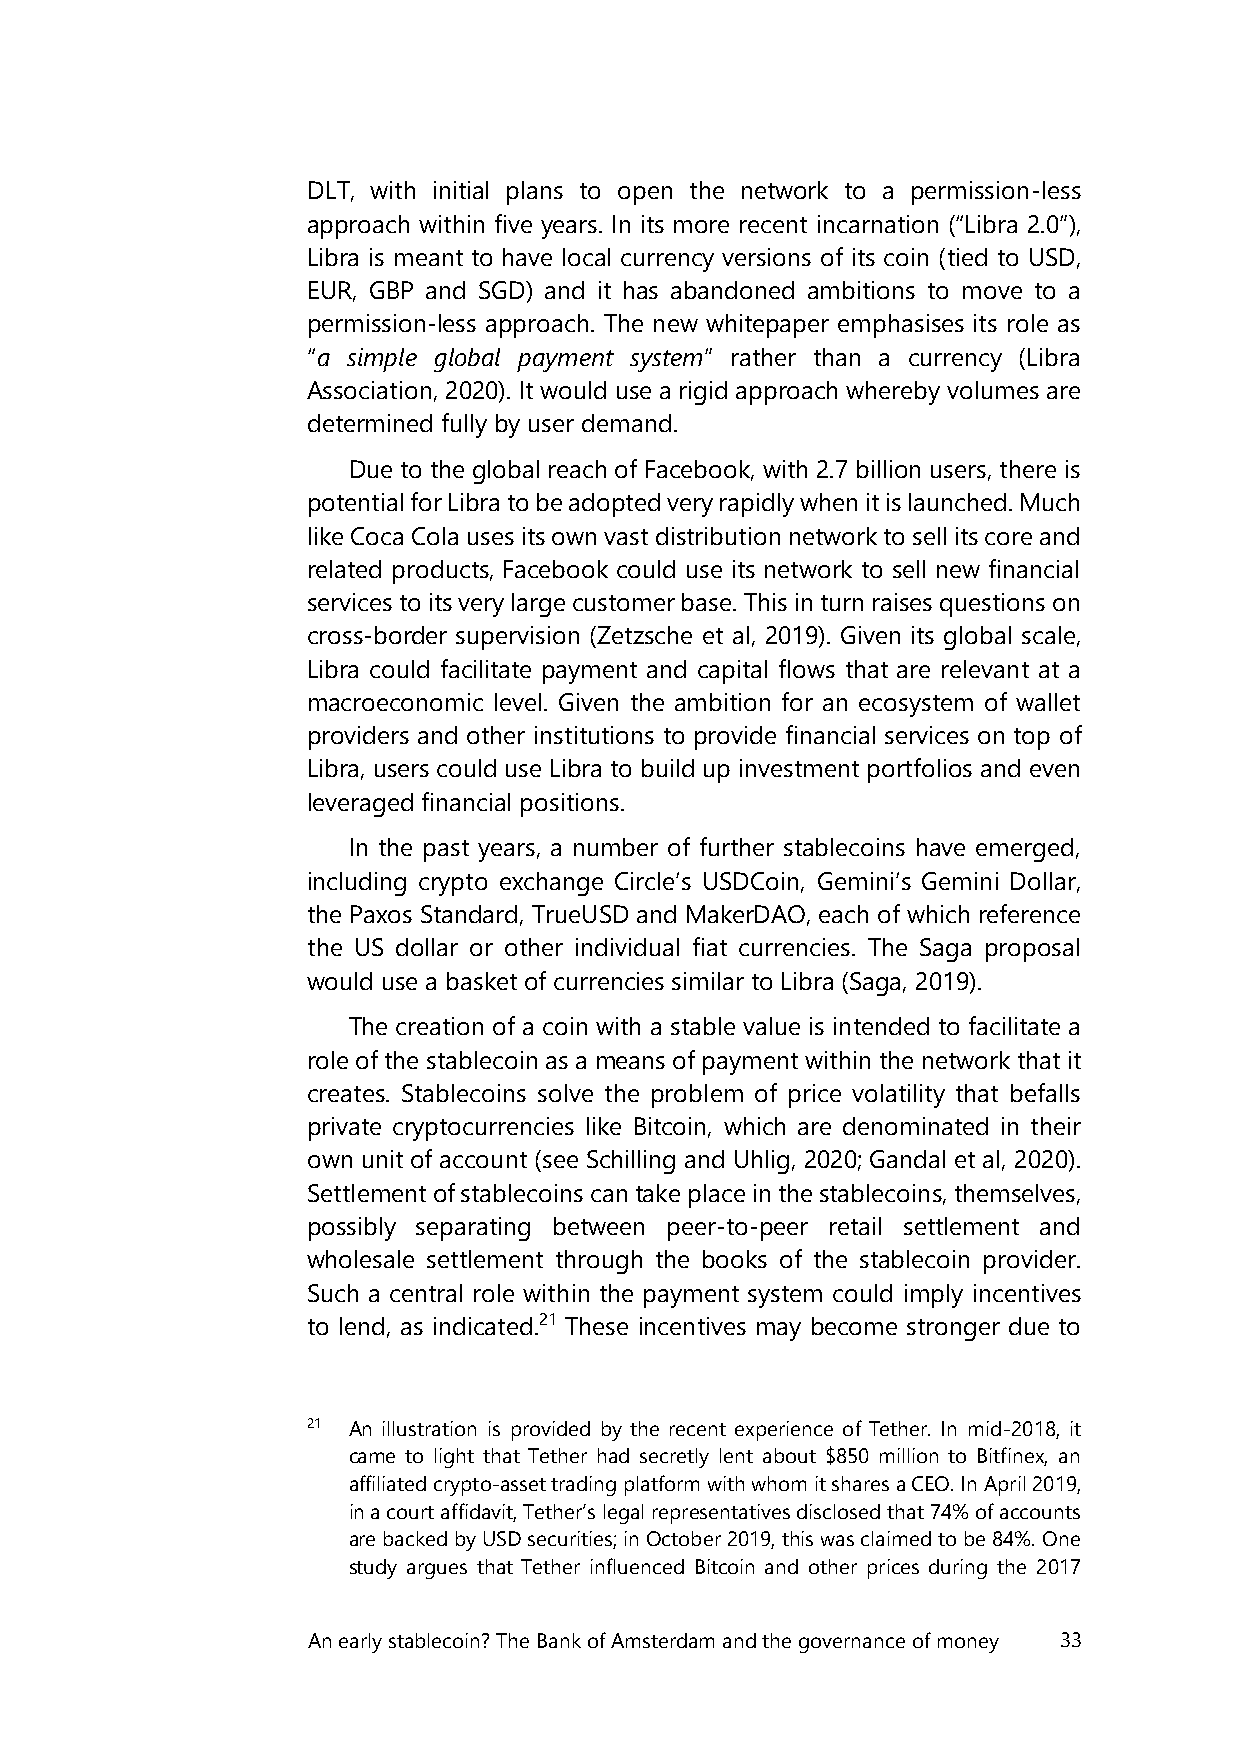
DLT, with initial plans to open the network to a permission-less
 approach within five years. In its more recent incarnation (“Libra 2.0”),
 Libra is meant to have local currency versions of its coin (tied to USD,
 EUR, GBP and SGD) and it has abandoned ambitions to move to a
 permission-less approach. The new whitepaper emphasises its role as
 “a simple global payment system” rather than a currency (Libra
 Association, 2020). It would use a rigid approach whereby volumes are
 determined fully by user demand.
 Due to the global reach of Facebook, with 2.7 billion users, there is
 potential for Libra to be adopted very rapidly when it is launched. Much
 like Coca Cola uses its own vast distribution network to sell its core and
 related products, Facebook could use its network to sell new financial
 services to its very large customer base. This in turn raises questions on
 cross-border supervision (Zetzsche et al, 2019). Given its global scale,
 Libra could facilitate payment and capital flows that are relevant at a
 macroeconomic level. Given the ambition for an ecosystem of wallet
 providers and other institutions to provide financial services on top of
 Libra, users could use Libra to build up investment portfolios and even
 leveraged financial positions.
 In the past years, a number of further stablecoins have emerged,
 including crypto exchange Circle’s USDCoin, Gemini’s Gemini Dollar,
 the Paxos Standard, TrueUSD and MakerDAO, each of which reference
 the US dollar or other individual fiat currencies. The Saga proposal
 would use a basket of currencies similar to Libra (Saga, 2019).
 The creation of a coin with a stable value is intended to facilitate a
 role of the stablecoin as a means of payment within the network that it
 creates. Stablecoins solve the problem of price volatility that befalls
 private cryptocurrencies like Bitcoin, which are denominated in their
 own unit of account (see Schilling and Uhlig, 2020; Gandal et al, 2020).
 Settlement of stablecoins can take place in the stablecoins, themselves,
 possibly separating between peer-to-peer retail settlement and
 wholesale settlement through the books of the stablecoin provider.
 Such a central role within the payment system could imply incentives
 to lend, as indicated.21 These incentives may become stronger due to
 21 An illustration is provided by the recent experience of Tether. In mid-2018, it
 came to light that Tether had secretly lent about $850 million to Bitfinex, an
 affiliated crypto-asset trading platform with whom it shares a CEO. In April 2019,
 in a court affidavit, Tether’s legal representatives disclosed that 74% of accounts
 are backed by USD securities; in October 2019, this was claimed to be 84%. One
 study argues that Tether influenced Bitcoin and other prices during the 2017
 An early stablecoin? The Bank of Amsterdam and the governance of money 33